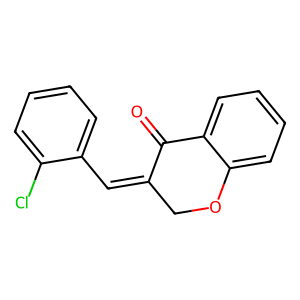
SMILES: O=C1C(=Cc2ccccc2Cl)COc2ccccc21
Inhibits HIV replication: No